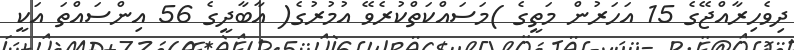
ދިވެހިރާއްޖޭގެ 15 އަހަރުން މަތީގެ )މަސައްކަތްކުރެވޭ އުމުރުގެ( އާބާދީގެ 56 އިންސައްތަ އަކީ